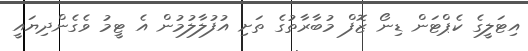
އިޓަލީގެ ކެޕްޓަން ޑިނޯ ޒޮފް މުބާރާތުގެ ތަށި އުފުލާލުމުން އެ ޓީމު ވެގެންދިޔައީ